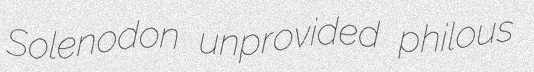
Solenodon unprovided philous